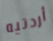
أردتيه